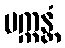
ပက္ကန္တံ